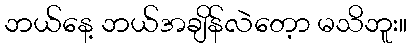
ဘယ်နေ့ ဘယ်အချိန်လဲတေ့ာ မသိဘူး။